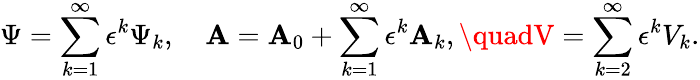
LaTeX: \Psi=\sum_{k=1}^{\infty}\epsilon^{k}\Psi_{k},\quad{\cal\mathbf{A}}=\mathbf{A}_{0}+\sum_{k=1}^{\infty}\epsilon^{k}{\cal\mathbf{A}}_{k},\quadV=\sum_{k=2}^{\infty}\epsilon^{k}V_{k}.